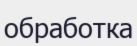
обработка